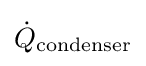
{\dot {Q}}_{\text{condenser}}